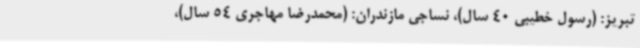
تبریز: (رسول خطیبی 40 سال)، نساجی مازندران: (محمدرضا مهاجری 54 سال)،